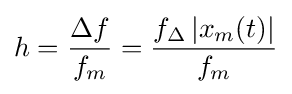
h={\frac {\Delta {}f}{f_{m}}}={\frac {f_{\Delta }\left|x_{m}(t)\right|}{f_{m}}}